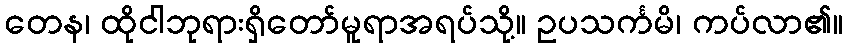
တေန၊ ထိုငါဘုရားရှိတော်မူရာအရပ်သို့။ ဥပသင်္ကမိ၊ ကပ်လာ၏။